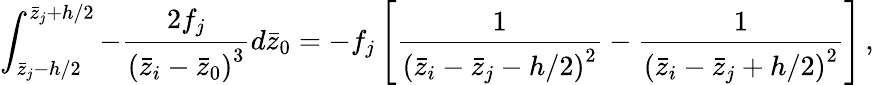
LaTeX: \int_{\bar{z}_{j}-h/2}^{\bar{z}_{j}+h/2}-\frac{2f_{j}}{\left(\bar{z}_{i}-\bar{z}_{0}\right)^{3}}d\bar{z}_{0}=-f_{j}\left[\frac{1}{\left(\bar{z}_{i}-\bar{z}_{j}-h/2\right)^{2}}-\frac{1}{\left(\bar{z}_{i}-\bar{z}_{j}+h/2\right)^{2}}\right]\, ,